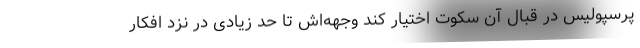
پرسپولیس در قبال آن سکوت اختیار کند وجهه‌اش تا حد زیادی در نزد افکار